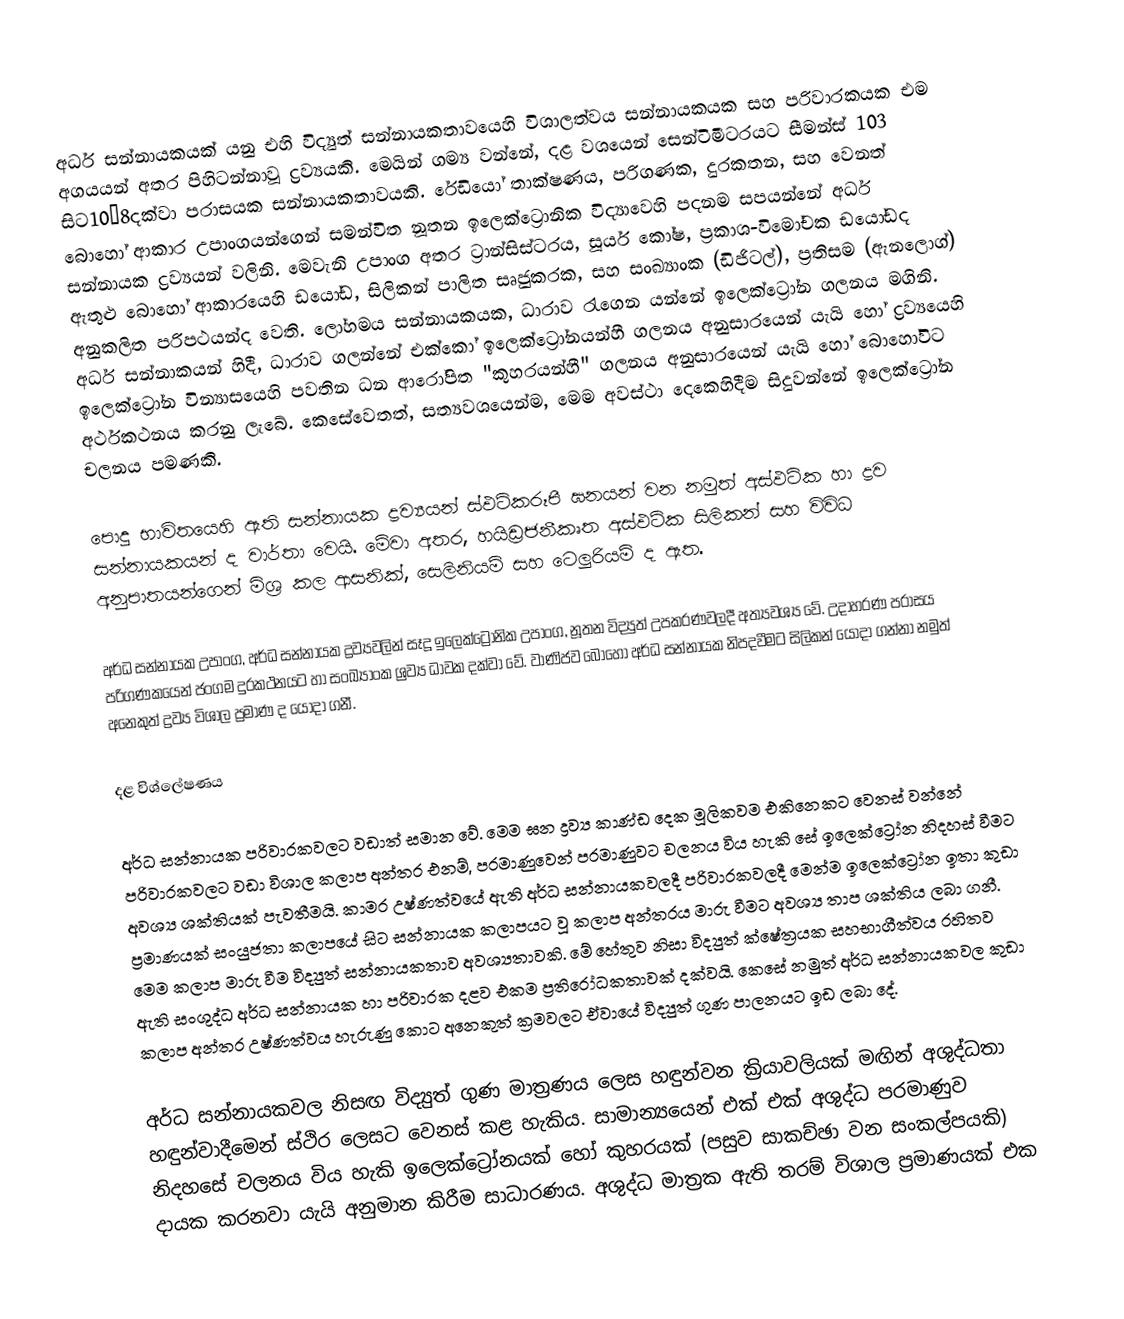
අර්ධ සන්නායකයක් යනු එහි විද්‍යුත් සන්නායකතාවයෙහි විශාලත්වය සන්නායකයක සහ පරිවාරකයක එම අගයයන් අතර පිහිටන්නාවූ ද්‍රව්‍යයකි. මෙයින් ගම්‍ය වන්නේ, දළ වශයෙන් සෙන්ටිමීටරයට සීමන්ස් 103 සිට10−8දක්වා පරාසයක සන්නායකතාවයකි. රේඩියෝ තාක්ෂණය, පරිගණක, දුරකතන, සහ වෙනත් බොහෝ ආකාර උපාංගයන්ගෙන් සමන්විත නූතන ඉලෙක්ට්‍රොනික විද්‍යාවෙහි පදනම සපයන්නේ අර්ධ සන්නායක ද්‍රව්‍යයන් වලිනි. මෙවැනි උපාංග අතර ට්‍රාන්සිස්ටරය, සූර්ය කෝෂ, ප්‍රකාශ-විමෝචක ඩයෝඩද ඇතුළු බොහෝ ආකාරයෙහි ඩයෝඩ, සිලිකන් පාලිත සෘජුකරක, සහ සංඛ්‍යාංක (ඩිජිටල්), ප්‍රතිසම (ඇනලොග්) අනුකලිත පරිපථයන්ද වෙති. ලෝහමය සන්නායකයක, ධාරාව රැගෙන යන්නේ ඉලෙක්ට්‍රෝන ගලනය මගිනි. අර්ධ සන්නාකයන් හිදී, ධාරාව ගලන්නේ එක්කෝ ඉලෙක්ට්‍රෝනයන්හී ගලනය අනුසාරයෙන් යැයි හෝ ද්‍රව්‍යයෙහි ඉලෙක්ට්‍රෝන වින්‍යාසයෙහි පවතින ධන ආරෝපිත "කුහරයන්හී" ගලනය අනුසාරයෙන් යැයි හෝ බොහෝවිට අර්ථකථනය කරනු ලැබේ. කෙසේවෙතත්, සත්‍යවශයෙන්ම, මෙම අවස්ථා දෙකෙහිදීම සිදුවන්නේ ඉලෙක්ට්‍රෝන චලනය පමණකි.

පොදු භාවිතයෙහි ඇති සන්නායක ද්‍රව්‍යයන් ස්ඵටිකරූපී ඝනයන් වන නමුත් අස්ඵටික හා ද්‍රව සන්නායකයන් ද වාර්තා වෙයි. මේවා අතර, හයිඩ්‍රජනීකෘත අස්ඵටික සිලිකන් සහ විවිධ අනුපාතයන්ගෙන් මිශ්‍ර කල ආසනික්, සෙලිනියම් සහ ටෙලුරියම් ද ඇත.

අර්ධ සන්නායක උපාංග, අර්ධ සන්නායක ද්‍රව්‍යවලින් සෑදූ ඉලෙක්ට්‍රෝනික උපාංග, නූතන විද්‍යුත් උපකරණවලදී අත්‍යවශ්‍ය වේ. උදාහරණ පරාසය පරිගණකයෙන් ජංගම දුරකථනයට හා සංඛ්‍යාංක ශ්‍රව්‍ය ධාවක දක්වා වේ. වාණිජව බොහෝ අර්ධ සන්නායක නිපදවීමට සිලිකන් යොදා ගන්නා නමුත් අනෙකුත් ද්‍රව්‍ය විශාල ප්‍රමාණ ද යොදා ගනී.

දළ විශ්ලේෂණය

අර්ධ සන්නායක පරිවාරකවලට වඩාත් සමාන වේ. මෙම ඝන ද්‍රව්‍ය කාණ්ඩ දෙක මූලිකවම එකිනෙකට වෙනස් වන්නේ පරිවාරකවලට වඩා විශාල කලාප අන්තර එනම්, පරමාණුවෙන් පරමාණුවට චලනය විය හැකි සේ ඉලෙක්ට්‍රෝන නිදහස් වීමට අවශ්‍ය ශක්තියක් පැවතීමයි. කාමර උෂ්ණත්වයේ ඇති අර්ධ සන්නායකවලදී පරිවාරකවලදී මෙන්ම ඉලෙක්ට්‍රෝන ඉතා කුඩා ප්‍රමාණයක් සංයුජතා කලාපයේ සිට සන්නායක කලාපයට වූ කලාප අන්තරය මාරු වීමට අවශ්‍ය තාප ශක්තිය ලබා ගනී. මෙම කලාප මාරු වීම විද්‍යුත් සන්නායකතාව අවශ්‍යතාවකි. මේ හේතුව නිසා විද්‍යුත් ක්ෂේත්‍රයක සහභාගීත්වය රහිතව ඇති සංශුද්ධ අර්ධ සන්නායක හා පරිවාරක දළව එකම ප්‍රතිරෝධකතාවක් දක්වයි. කෙසේ නමුත් අර්ධ සන්නායකවල කුඩා කලාප අන්තර උෂ්ණත්වය හැරුණු කොට අනෙකුත් ක්‍රමවලට ඒවායේ විද්‍යුත් ගුණ පාලනයට ඉඩ ලබා දේ.

අර්ධ සන්නායකවල නිසඟ විද්‍යුත් ගුණ මාත්‍රණය ලෙස හඳුන්වන ක්‍රියාවලියක් මඟින් අශුද්ධතා හඳුන්වාදීමෙන් ස්ථිර ලෙසට වෙනස් කළ හැකිය. සාමාන්‍යයෙන් එක් එක් අශුද්ධ පරමාණුව නිදහසේ චලනය විය හැකි ඉලෙක්ට්‍රෝනයක් හෝ කුහරයක් (පසුව සාකච්ඡා වන සංකල්පයකි) දායක කරනවා යැයි අනුමාන කිරීම සාධාරණය. අශුද්ධ මාත්‍රක ඇති තරම් විශාල ප්‍රමාණයක් එක